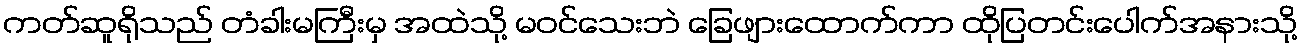
ကတ်ဆူရိုသည် တံခါးမကြီးမှ အထဲသို့ မဝင်သေးဘဲ ခြေဖျားထောက်ကာ ထိုပြတင်းပေါက်အနားသို့